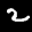
Label: 2